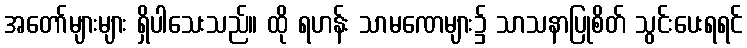
အတော်များများ ရှိပါသေးသည်။ ထို ရဟန်း သာမဏေများ၌ သာသနာပြုစိတ် သွင်းပေးရရင်